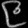
Digit: ၉